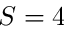
S = 4